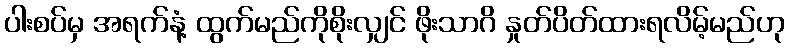
ပါးစပ်မှ အရက်နံ့ ထွက်မည်ကိုစိုးလျှင် ဖိုးသာဂိ နှုတ်ပိတ်ထားရလိမ့်မည်ဟု